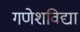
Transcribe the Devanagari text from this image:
गणेशविद्या